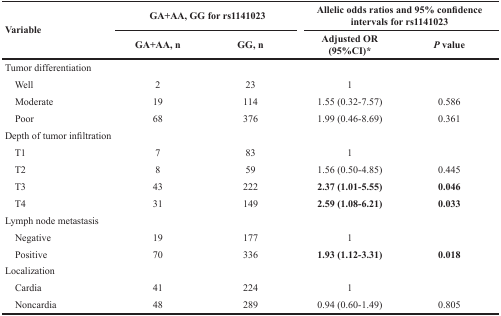
<table><thead><tr><td rowspan="2"><b>Variable</b></td><td colspan="2"><b>GA+AA, GG for rs1141023</b></td><td colspan="2"><b>Allelic odds ratios and 95% confidence intervals for rs1141023</b></td></tr><tr><td><b>GA+AA, n</b></td><td><b>GG, n</b></td><td><b>Adjusted OR (95%CI)*</b></td><td><b><i>P</i> value</b></td></tr></thead><tbody><tr><td>Tumor differentiation</td><td></td><td></td><td></td><td></td></tr><tr><td> Well</td><td>2</td><td>23</td><td>1</td><td></td></tr><tr><td> Moderate</td><td>19</td><td>114</td><td>1.55 (0.32-7.57)</td><td>0.586</td></tr><tr><td> Poor</td><td>68</td><td>376</td><td>1.99 (0.46-8.69)</td><td>0.361</td></tr><tr><td>Depth of tumor infiltration</td><td></td><td></td><td></td><td></td></tr><tr><td> T1</td><td>7</td><td>83</td><td>1</td><td></td></tr><tr><td> T2</td><td>8</td><td>59</td><td>1.56 (0.50-4.85)</td><td>0.445</td></tr><tr><td> T3</td><td>43</td><td>222</td><td><b>2.37 (1.01-5.55)</b></td><td><b>0.046</b></td></tr><tr><td> T4</td><td>31</td><td>149</td><td><b>2.59 (1.08-6.21)</b></td><td><b>0.033</b></td></tr><tr><td>Lymph node metastasis</td><td></td><td></td><td></td><td></td></tr><tr><td> Negative</td><td>19</td><td>177</td><td>1</td><td></td></tr><tr><td> Positive</td><td>70</td><td>336</td><td><b>1.93 (1.12-3.31)</b></td><td><b>0.018</b></td></tr><tr><td>Localization</td><td></td><td></td><td></td><td></td></tr><tr><td> Cardia</td><td>41</td><td>224</td><td>1</td><td></td></tr><tr><td> Noncardia</td><td>48</td><td>289</td><td>0.94 (0.60-1.49)</td><td>0.805</td></tr></tbody></table>